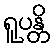
ရူပန္တိ